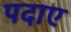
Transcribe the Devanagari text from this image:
पदाए